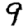
Digit: 9